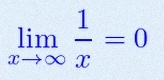
\lim_{x\to\infty}\frac{1}{x}=0